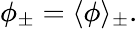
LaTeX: \phi_{\pm}=\langle\phi\rangle_{\pm}.